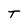
Character: T